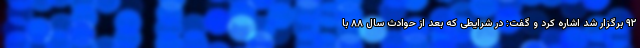
۹۲ برگزار شد اشاره کرد و گفت: در شرایطی که بعد از حوادث سال ۸۸ با